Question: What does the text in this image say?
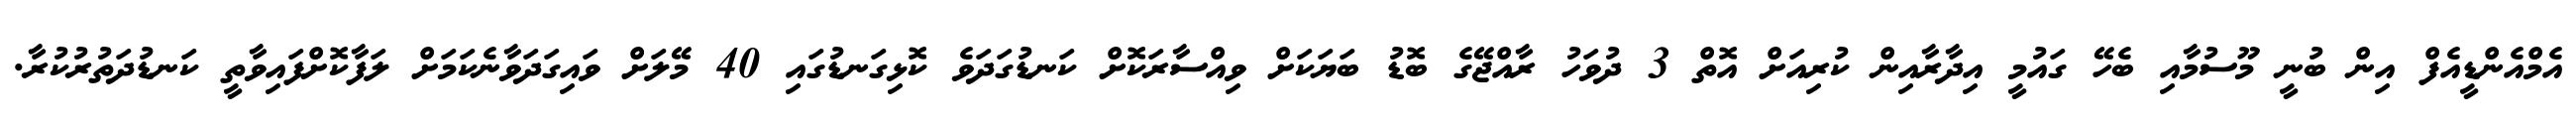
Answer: އެމްއެންޑީއެފް އިން ބުނީ މޫސުމާއި ބެހޭ ގައުމީ އިދާރާއިން ކުރިއަށް އޮތް 3 ދުވަހު ރާއްޖޭގެ ބޮޑު ބަޔަކަށް ވިއްސާރަކޮށް ކަނޑުގަދަވެ ކޮޅިގަނޑުގައި 40 މޭލަށް ވައިގަދަވާނެކަމަށް ލަފާކޮށްފައިވާތީ ކަނޑުދަތުރުކުރާ.